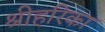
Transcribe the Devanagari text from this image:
श्रीहरिका